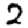
Digit: 2